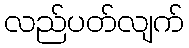
လည်ပတ်လျက်